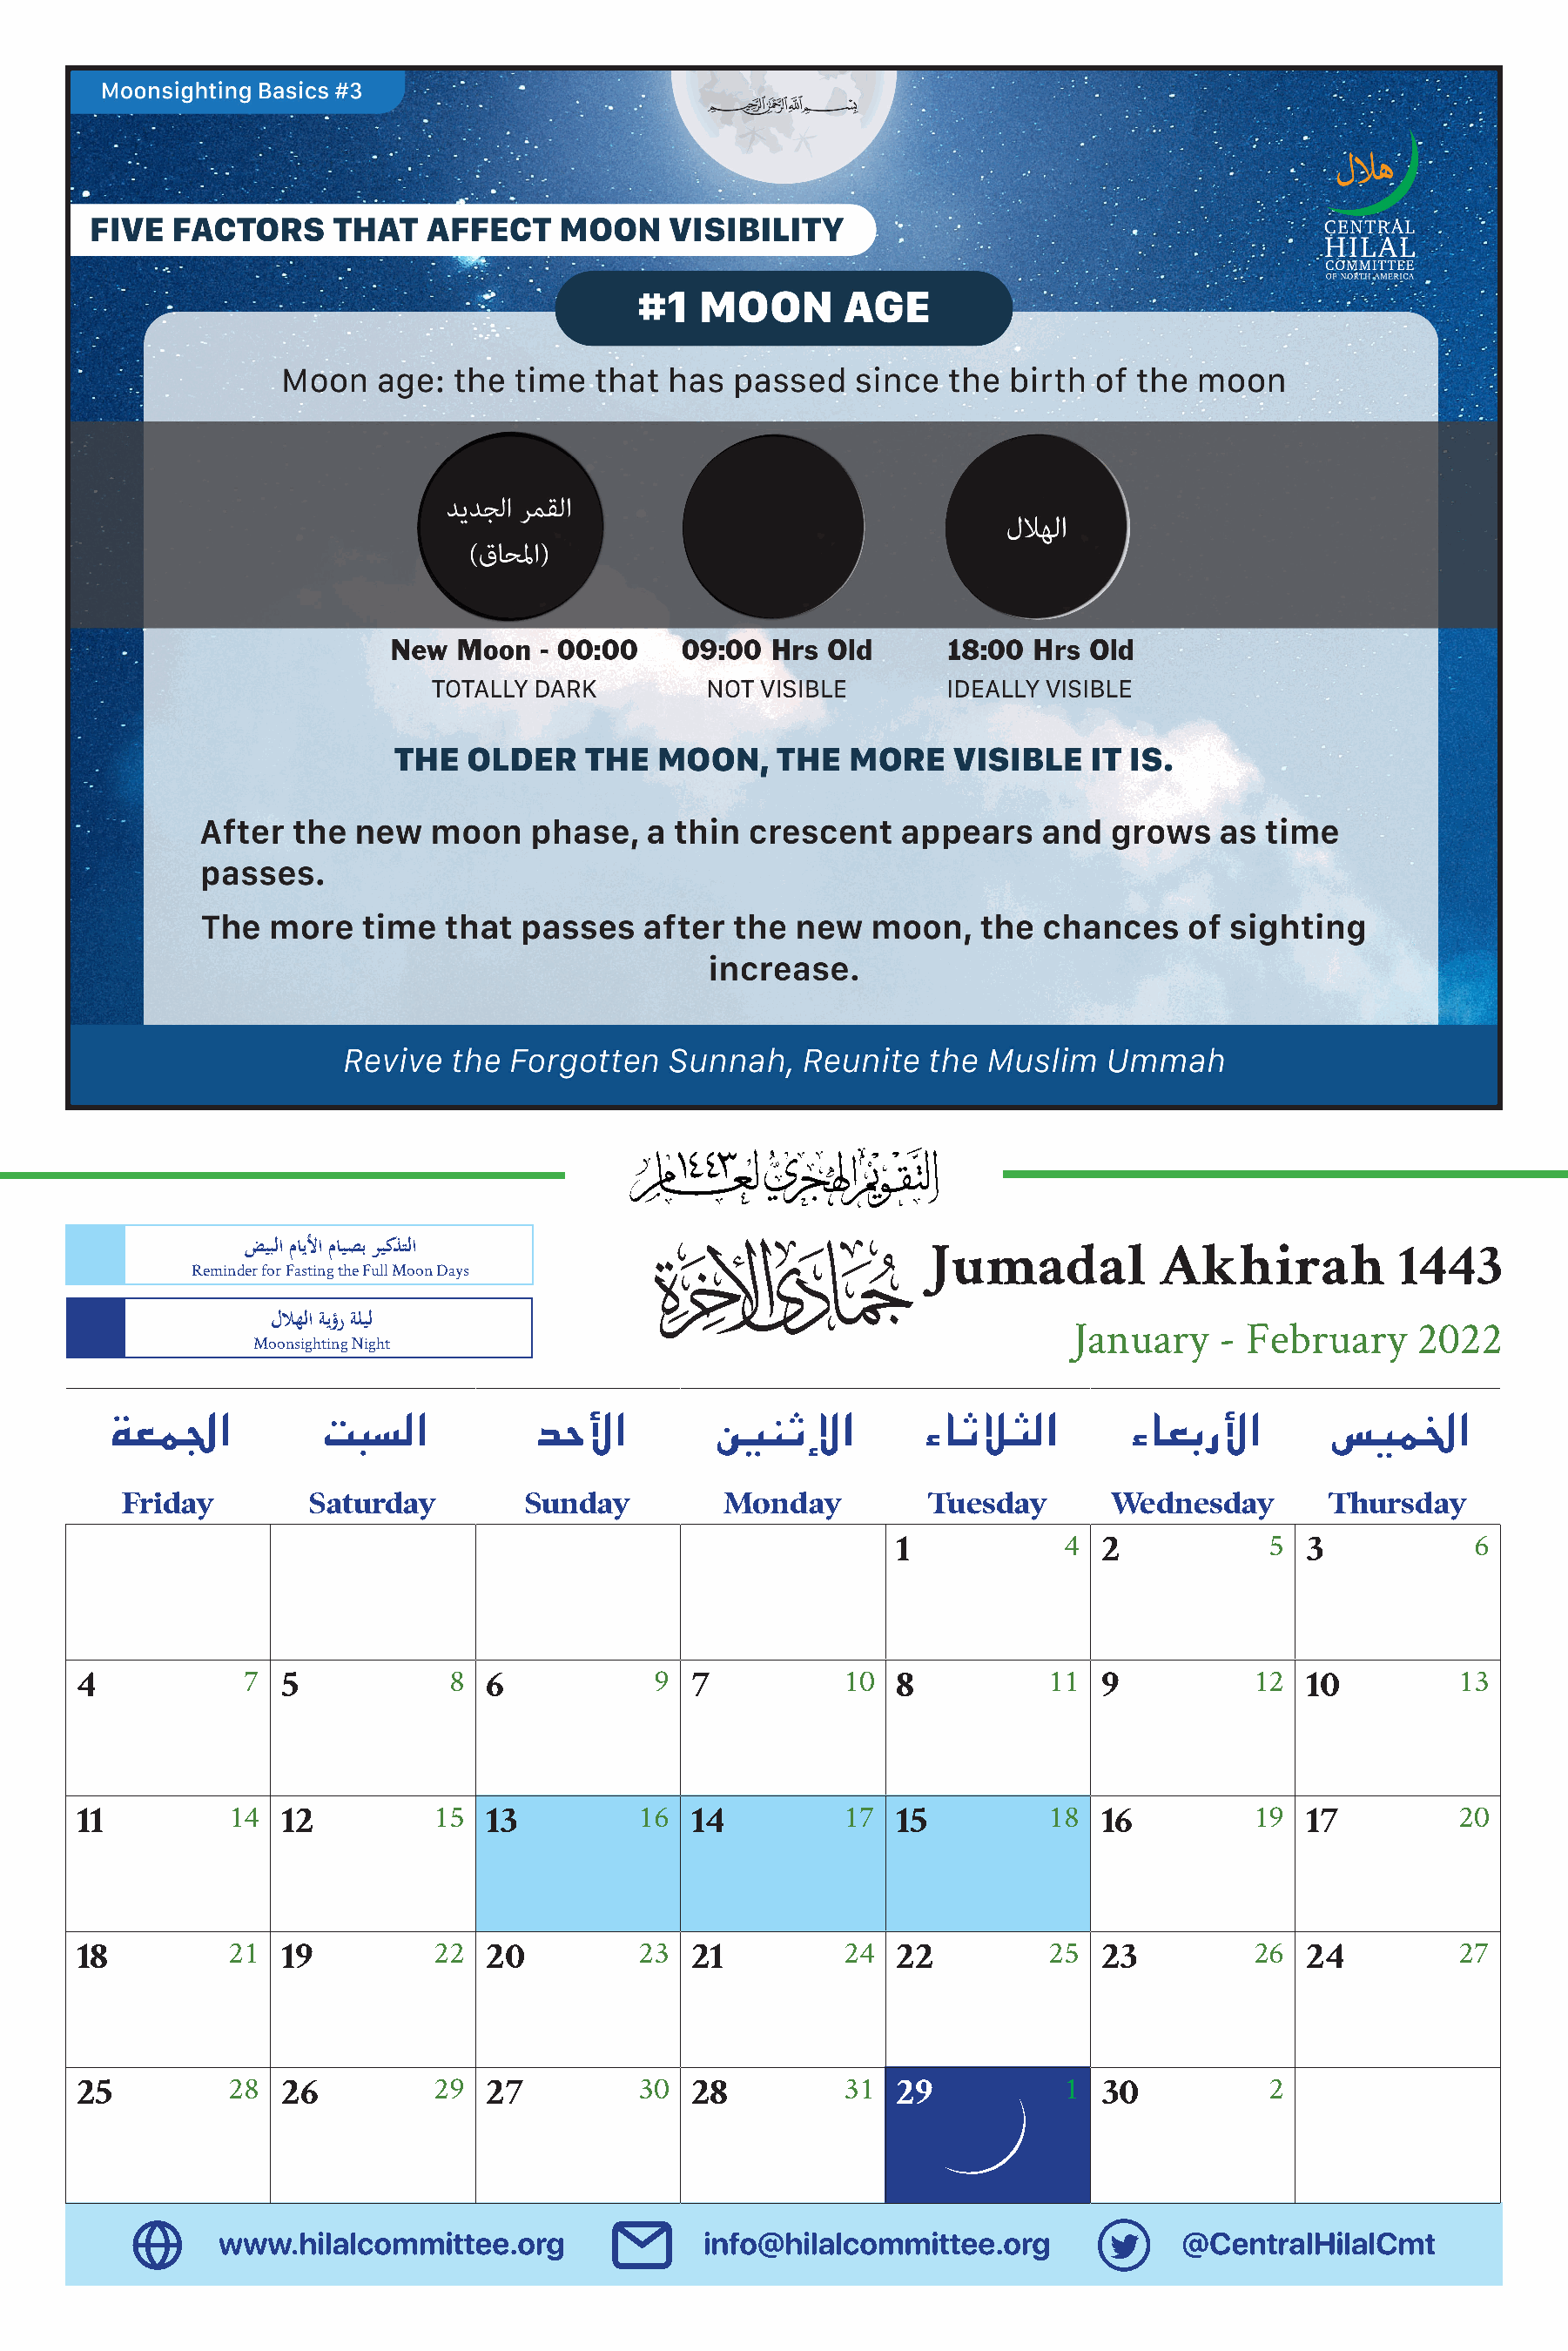
ضيبلا مايلأا مايصب ريكذتلا
 6
 Reminder for Fasting the Full Moon Days                Jumadal           Akhirah           1443
 للاهلا ةيؤر ةليل
 January    - February     2022
 Moonsighting Night
 ةعملجا          تبسلا           دحلأا         يننثلإا         ءاثلاثلا        ءاعبرلأا       سيملخا
 Friday        Saturday         Sunday         Monday          Tuesday      Wednesday        Thursday
 4              5               6
 1               2              3
 7              8               9             10              11             12              13
 4              5               6               7              8               9              10
 14              15              16             17              18             19              20
 11             12              13              14             15              16             17
 21              22              23             24              25             26              27
 18             19              20              21             22              23             24
 28              29              30             31               1              2
 25             26              27              28             29              30